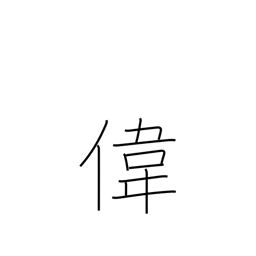
Meaning: admirable